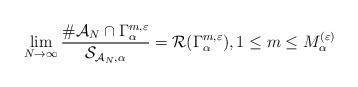
LaTeX: \begin{align*}\lim_{N\to\infty}\frac{\#\mathcal{A}_N\cap \Gamma_\alpha^{m,\varepsilon}}{\mathcal{S}_{\mathcal{A}_N,\alpha}} = \mathcal{R}(\Gamma_\alpha^{m,\varepsilon}) , 1\le m\le M_\alpha^{(\varepsilon)} \end{align*}